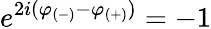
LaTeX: e^{2i(\varphi_{(-)}-\varphi_{(+)})}=-1